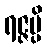
ရဇ္ဇမ္ပိ